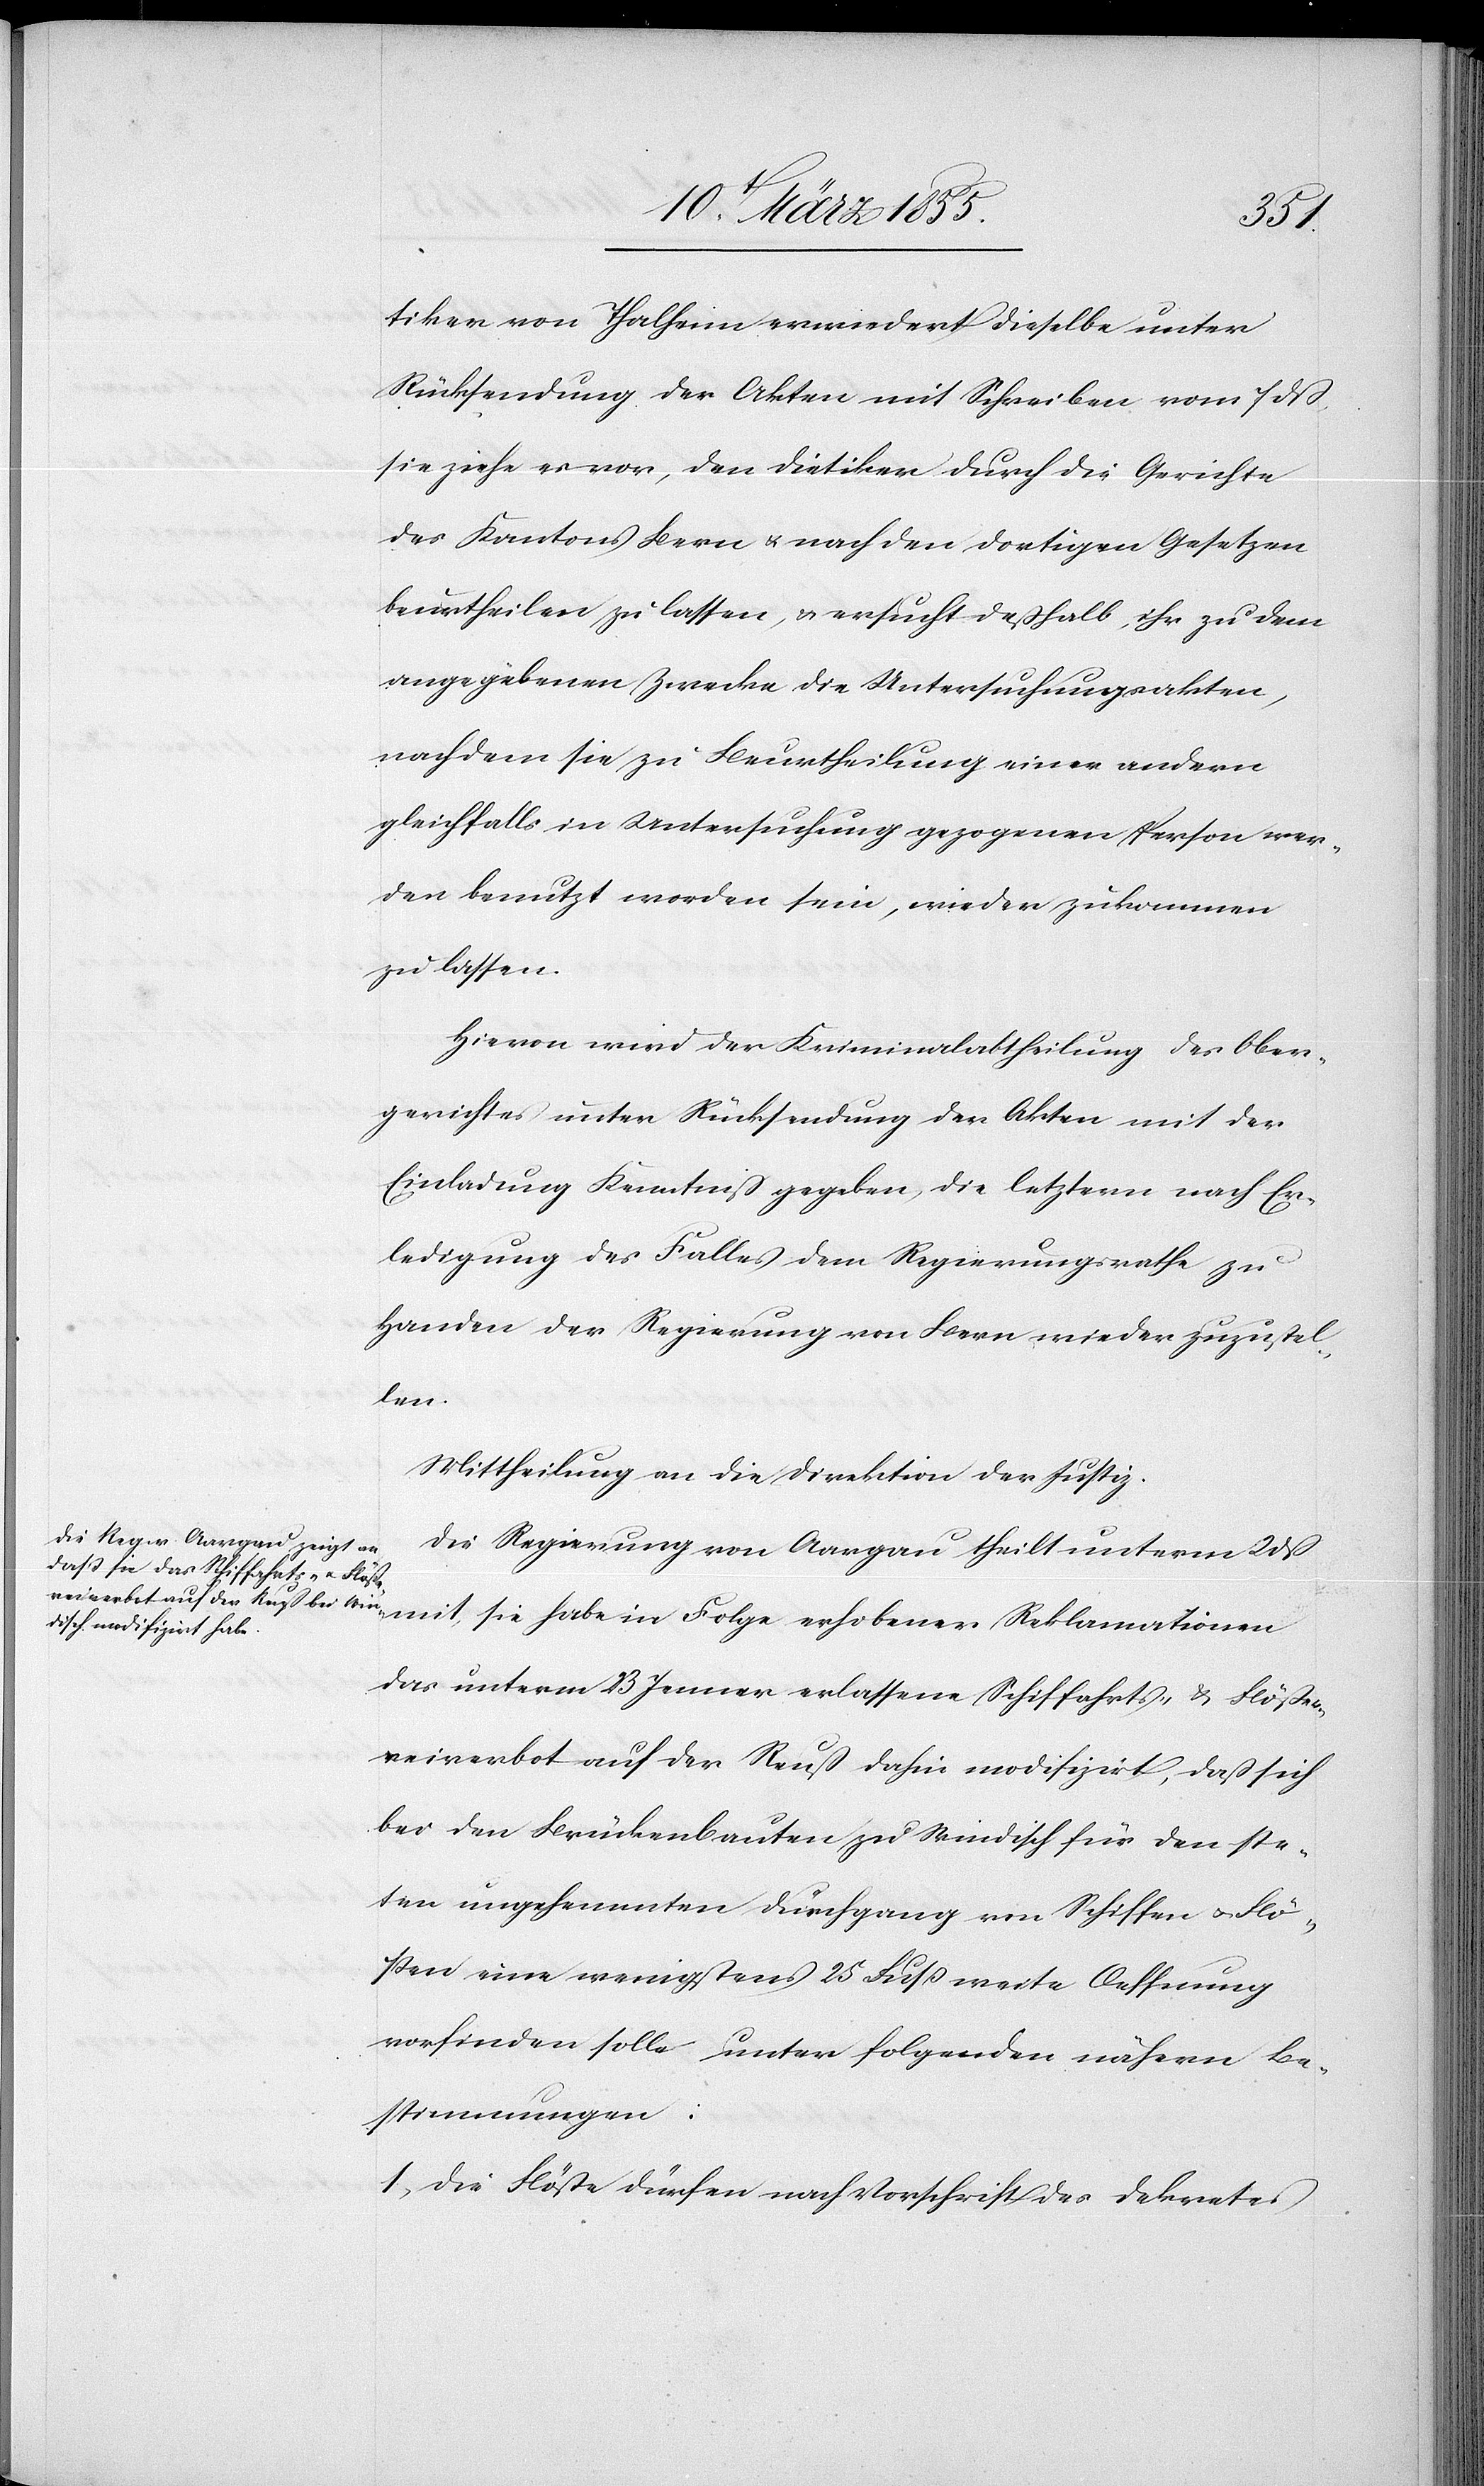
Folge
tiker von Thalheim erwiedert dieselbe unter
Rücksendung der Akten mit Schreiben vom 7 dß,
sie ziehe es vor, den Dietiker durch die Gerichte
des Kantons Bern & nach den dortigen Gesetzen
beurtheilen zu lassen, & ersucht deßhalb, ihr zu dem
angegebenen Zwecke die Untersuchungsakten,
nachdem sie zu Beurtheilung einer andern
gleichfalls in Untersuchung gezogenen Person wer¬
den benutzt worden sein, wieder zukommen
zu lassen.
Hievon wird der Kriminalabtheilung des Ober¬
gerichtes unter Rücksendung der Akten mit der
Einladung Kenntniß gegeben, die letztern nach Er¬
ledigung des Falles dem Regierungsrathe zu
Handen der Regierung von Bern wieder zuzustel¬
len.
Mittheilung an die Direktion der Justiz.
Die Regierung von Aargau theilt unterm 2 dß
das unterm 23 Jenner erlassene Schiffahrts- & Flöße¬
reiverbot auf der Reuß dahin modifizirt, daß sich
bei den Brückenbauten zu Windisch für den ste¬
ten ungehemmten Durchgang von Schiffen & Flö¬
ssen eine wenigstens 25 Fuss weite Oeffnung
vorfinden solle unter folgenden nähern Be¬
stimmungen:
Die Flöße dürfen nach Vorschrift des Dekretes